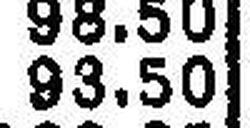
93.50